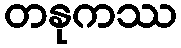
တနုကဿ